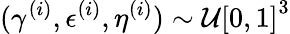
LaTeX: (\gamma^{(i)},\epsilon^{(i)},\eta^{(i)})\sim\mathcal{U}\left[0,1\right]^{3}